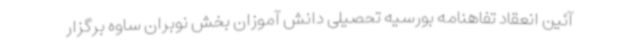
آئین انعقاد تفاهنامه بورسیه تحصیلی دانش آموزان بخش نوبران ساوه برگزار